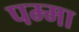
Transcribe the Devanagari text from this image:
पम्मा